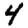
Digit: 4